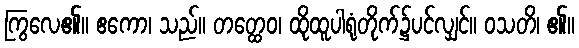
ကြွလေ၏။ ဧကော၊ သည်။ တတ္ထေဝ၊ ထိုထူပါရုံတိုက်၌ပင်လျှင်။ ဝသတိ၊ ၏။